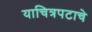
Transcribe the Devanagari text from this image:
याचित्रपटाचे